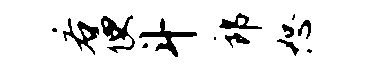
若便斗郎恕